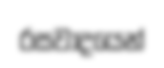
රසවාදයෙන්